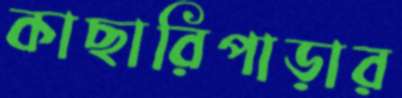
কাছারিপাড়ার